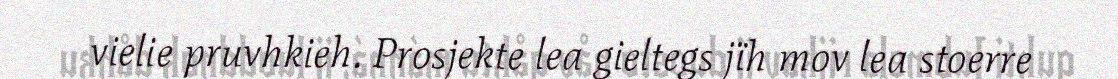
vielie pruvhkieh. Prosjekte lea gieltegs jïh mov lea stoerre